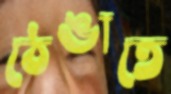
ঠেঙাতে